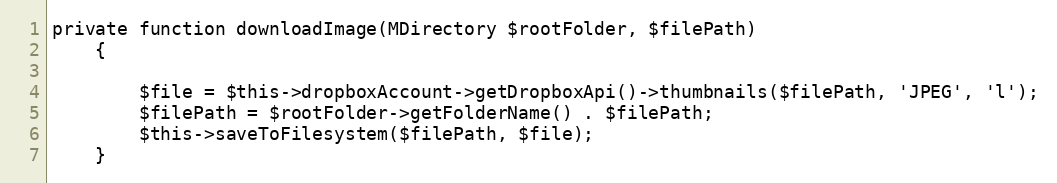
Language: PHP
private function downloadImage(MDirectory $rootFolder, $filePath)
    {

        $file = $this->dropboxAccount->getDropboxApi()->thumbnails($filePath, 'JPEG', 'l');
        $filePath = $rootFolder->getFolderName() . $filePath;
        $this->saveToFilesystem($filePath, $file);
    }